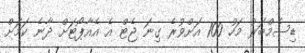
ޑިސެމްބަރު މަހު 100 އަށްވުރެ ގިނަ ޖެޓް އެ އެއާޕޯޓަށް ދާނެ ކަމަށް